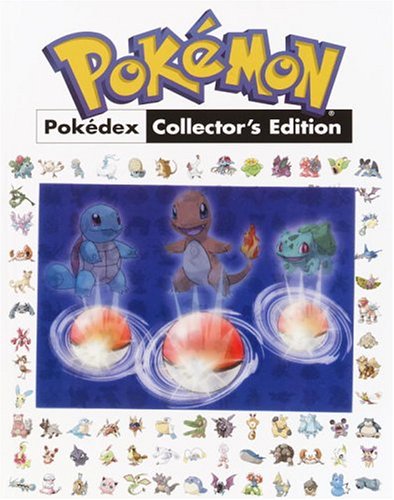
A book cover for Pokemon Pokedex Collector's Edition (Prima's Official Pokemon Guide); Eric Mylonas; Computers & Technology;